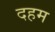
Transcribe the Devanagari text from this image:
दहम